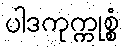
ပါဒကုက္ကုစ္စံ